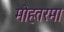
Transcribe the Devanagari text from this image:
मोहतरमा